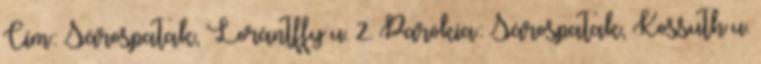
Cím: Sárospatak, Lorántffy u. 2. Parókia: Sárospatak, Kossuth u.